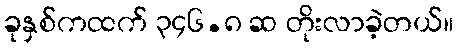
ခုနှစ်ကထက် ၃၄၆.၈ ဆ တိုးလာခဲ့တယ်။